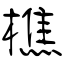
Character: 樵